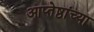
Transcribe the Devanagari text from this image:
आप्‍तेष्ठांच्या